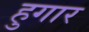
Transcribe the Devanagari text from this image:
हुगार